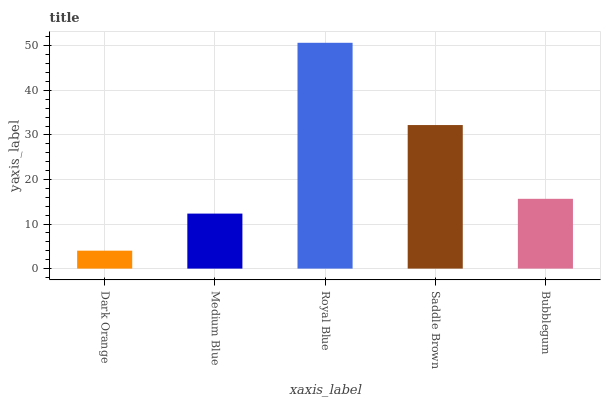
| xaxis_label | bars |
 | --- | --- |
 | Dark Orange | 4.03 |
 | Medium Blue | 12.3 |
 | Royal Blue | 50.7 |
 | Saddle Brown | 32.2 |
 | Bubblegum | 15.7 |